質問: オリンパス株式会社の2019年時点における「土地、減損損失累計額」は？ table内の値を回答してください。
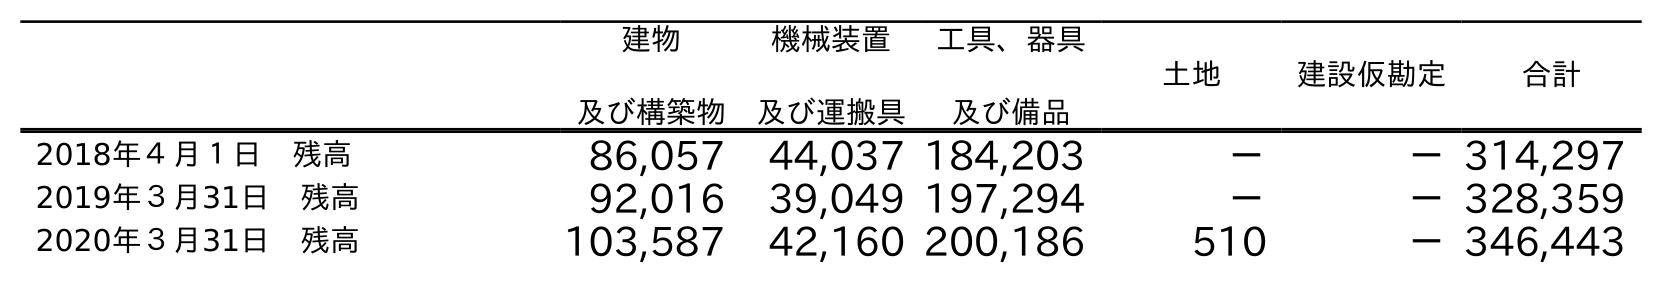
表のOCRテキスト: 建物 及び構築物 機械装置 及び運搬具 工具、器具 及び備品 土地 建設仮勘定 合計 2018年４月１日 残高 86,057 44,037 184,203 － －314,297 2019年３月31日 残高 92,016 39,049 197,294 － －328,359 2020年３月31日 残高 103,587 42,160 200,186 510 －346,443
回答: －